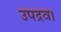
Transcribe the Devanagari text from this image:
उपद्रव।